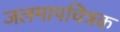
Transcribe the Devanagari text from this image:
जलमापचित्रक